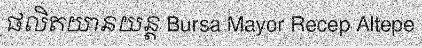
ផលិតយានយន្ត Bursa Mayor Recep Altepe